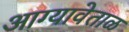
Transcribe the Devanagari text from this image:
आग्यावेताळ